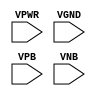
module sky130_fd_sc_hvl__decap (
    VPWR,
    VGND,
    VPB ,
    VNB
);

    // Module ports
    input VPWR;
    input VGND;
    input VPB ;
    input VNB ;
     // No contents.
endmodule